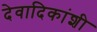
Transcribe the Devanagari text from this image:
देवादिकांशी